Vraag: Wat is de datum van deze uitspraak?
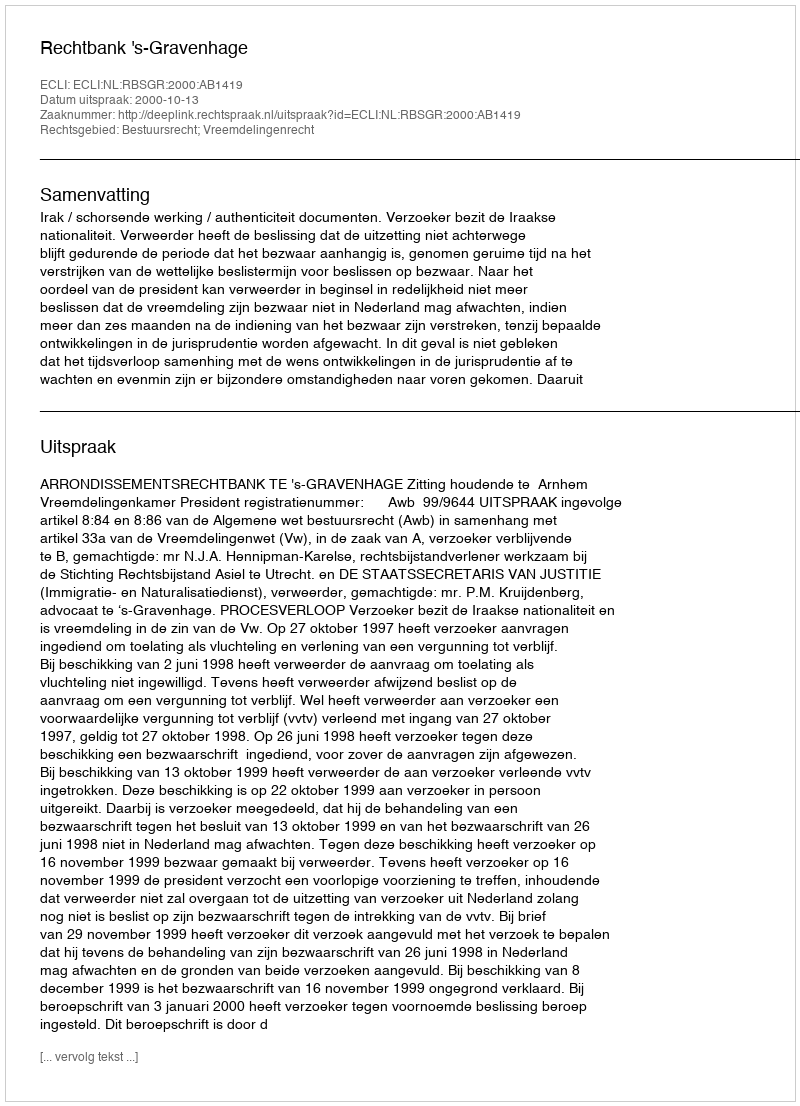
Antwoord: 2000-10-13